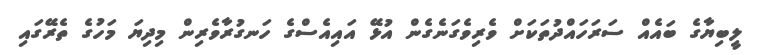
ލީބިޔާގެ ބައެއް ސަރަހައްދުތަކަށް ވެރިވެގަނެގެން އުޅޭ އައިއެސްގެ ހަނގުރާވެރިން މިދިޔަ މަހުގެ ތެރޭގައި